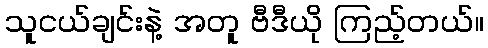
သူငယ်ချင်းနဲ့ အတူ ဗီဒီယို ကြည့်တယ်။